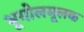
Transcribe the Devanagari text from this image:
भूगोलमूलक